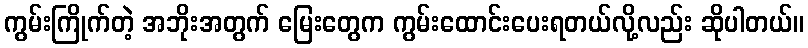
ကွမ်းကြိုက်တဲ့ အဘိုးအတွက် မြေးတွေက ကွမ်းထောင်းပေးရတယ်လို့လည်း ဆိုပါတယ်။